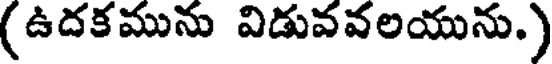
(ఉదకమును విడువవలయును.)